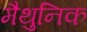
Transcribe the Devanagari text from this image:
मैथुनिक